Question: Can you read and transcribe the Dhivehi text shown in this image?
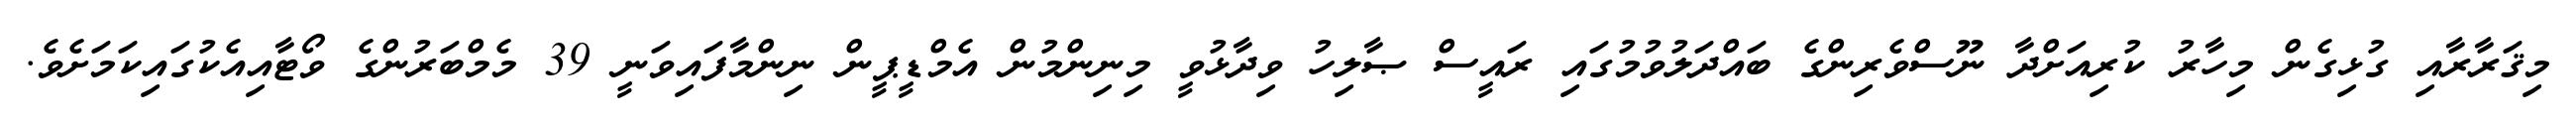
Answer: މިޤަރާރާއި ގުޅިގެން މިހާރު ކުރިއަށްދާ ނޫސްވެރިންގެ ބައްދަލުވުމުގައި ރައީސް ޞާލިހު ވިދާޅުވީ މިނިންމުން އެމްޑީޕީން ނިންމާފައިވަނީ 39 މެމްބަރުންގެ ވޯޓާއިއެކުގައިކަމަށެވެ.